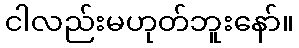
ငါလည်းမဟုတ်ဘူးနော်။